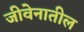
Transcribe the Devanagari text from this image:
जीवेनातील